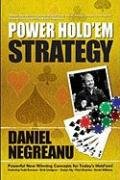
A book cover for Power Hold'em Strategy; Daniel Negreanu; Humor & Entertainment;